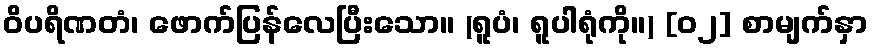
ဝိပရိဏတံ၊ ဖောက်ပြန်လေပြီးသော။ (ရူပံ၊ ရူပါရုံကို။) [၀၂] စာမျက်နှာ